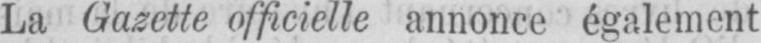
La Gazette officielle annonce également